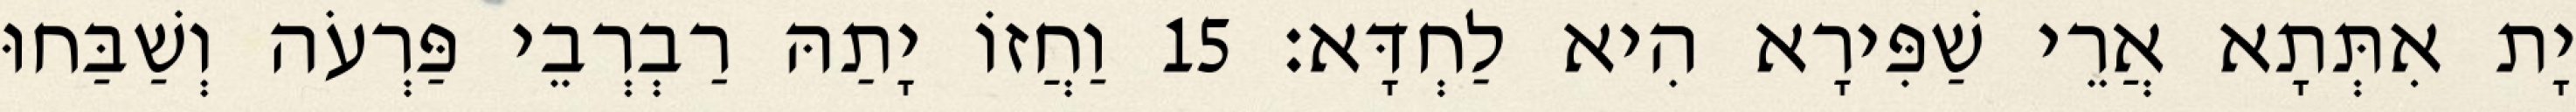
יָת אִתְּתָא אֲרֵי שַׁפִּירָא הִיא לַחְדָּא׃ 15 וַחֲזוֹ יָתַהּ רַבְרְבֵי פַּרְעֹה וְשַׁבַּחוּ